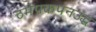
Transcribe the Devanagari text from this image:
ठमेपकपनउद्ध